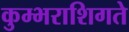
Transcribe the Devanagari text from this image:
कुम्भराशिगते